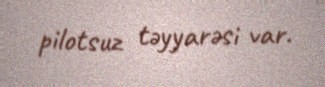
pilotsuz təyyarəsi var.